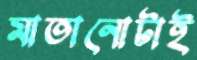
মাতানোটাই